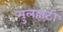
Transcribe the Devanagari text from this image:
मुलहाटी